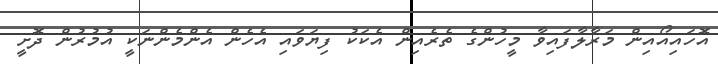
އޮހައިއޯއިން މަރާލާފައިވާ މީހުންގެ ތެރެއިން އެކަކު ފިޔަވައި އެހެން އެންމެންނަކީ އުމުރުން ދޮށީ